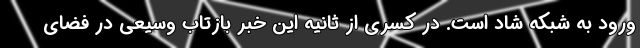
ورود به شبکه شاد است. در کسری از ثانیه این خبر بازتاب وسیعی در فضای